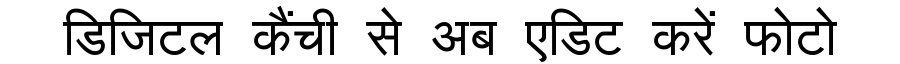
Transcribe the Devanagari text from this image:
डिजिटल कैंची से अब एडिट करें फोटो